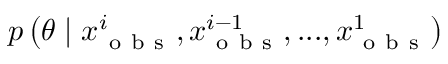
p \left( \theta \mid x _ { \mathrm { ~ o ~ b ~ s ~ } } ^ { i } , x _ { \mathrm { ~ o ~ b ~ s ~ } } ^ { i - 1 } , . . . , x _ { \mathrm { ~ o ~ b ~ s ~ } } ^ { 1 } \right)